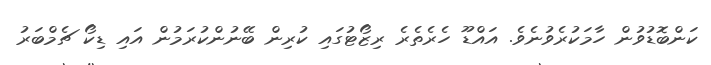
ކަންބޮޑުވުން ހާމަކުރެވުނެވެ. އައްޑޫ ހެރެތެރެ ރިޒޯޓުގައި ކުރިން ބޭނުންކުރަމުން އައި ޑިކޯ ޗެމްބަރު